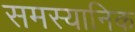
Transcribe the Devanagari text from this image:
समस्यानिक